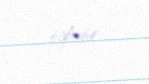
oğludur.